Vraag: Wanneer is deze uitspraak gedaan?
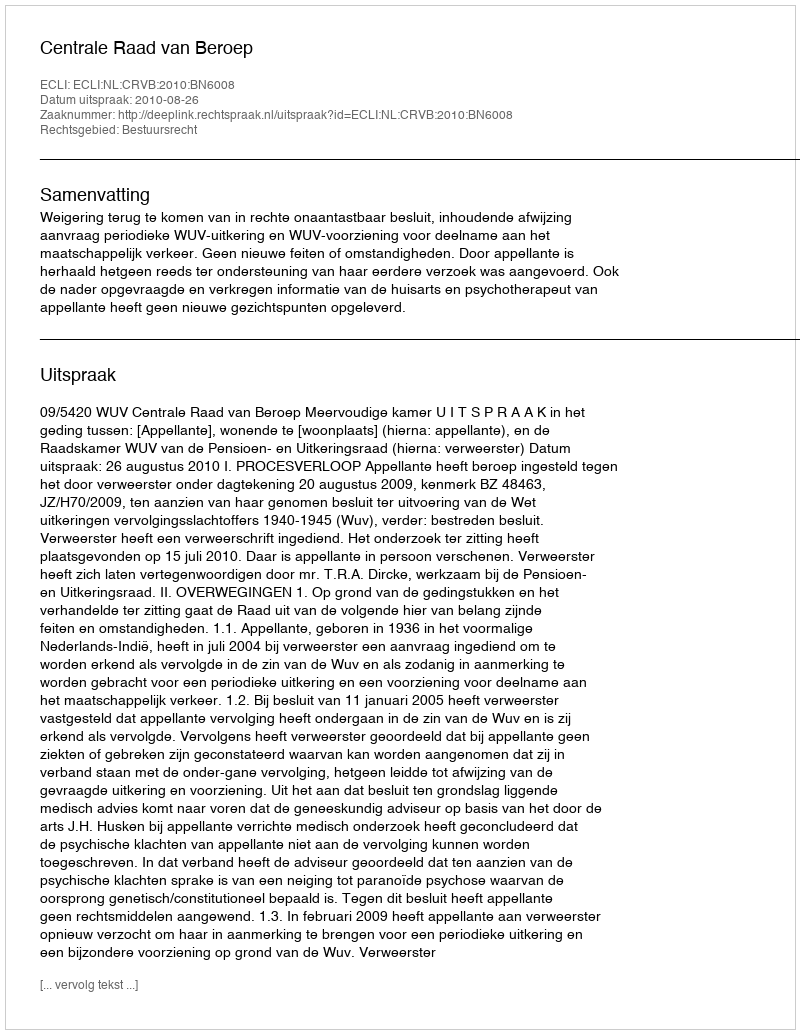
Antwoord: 2010-08-26